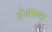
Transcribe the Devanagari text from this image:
डोग्राला